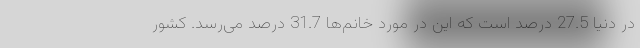
در دنیا 27.5 درصد است که این در مورد خانم‌ها 31.7 درصد می‌رسد. کشور